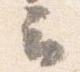
云